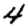
Digit: 4